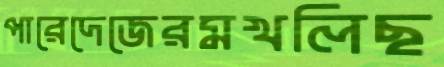
পারেদেজেরমখলিছ